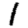
Digit: 1